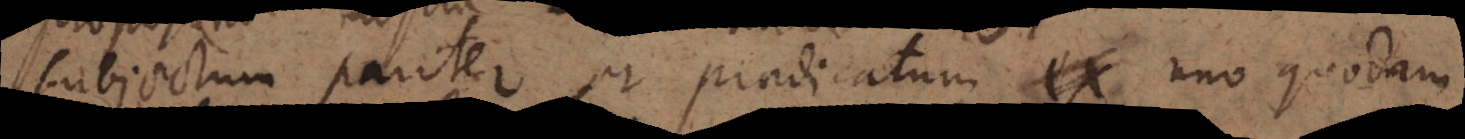
subjectum pariter et praedicatum ex uno quodam